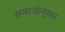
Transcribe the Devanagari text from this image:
समाजांनुसार